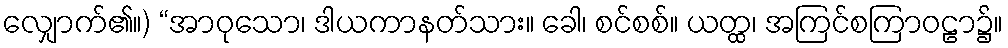
လျှောက်၏။) “အာဝုသော၊ ဒါယကာနတ်သား။ ခေါ၊ စင်စစ်။ ယတ္ထ၊ အကြင်စကြာဝဠာ၌။